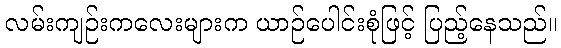
လမ်းကျဉ်းကလေးများက ယာဉ်ပေါင်းစုံဖြင့် ပြည့်နေသည်။